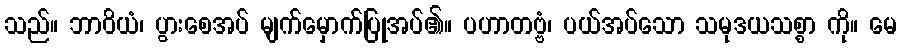
သည်။ ဘာဝိယံ၊ ပွားစေအပ် မျက်မှောက်ပြုအပ်၏။ ပဟာတဗ္ဗံ၊ ပယ်အပ်သော သမုဒယသစ္စာ ကို။ မေ